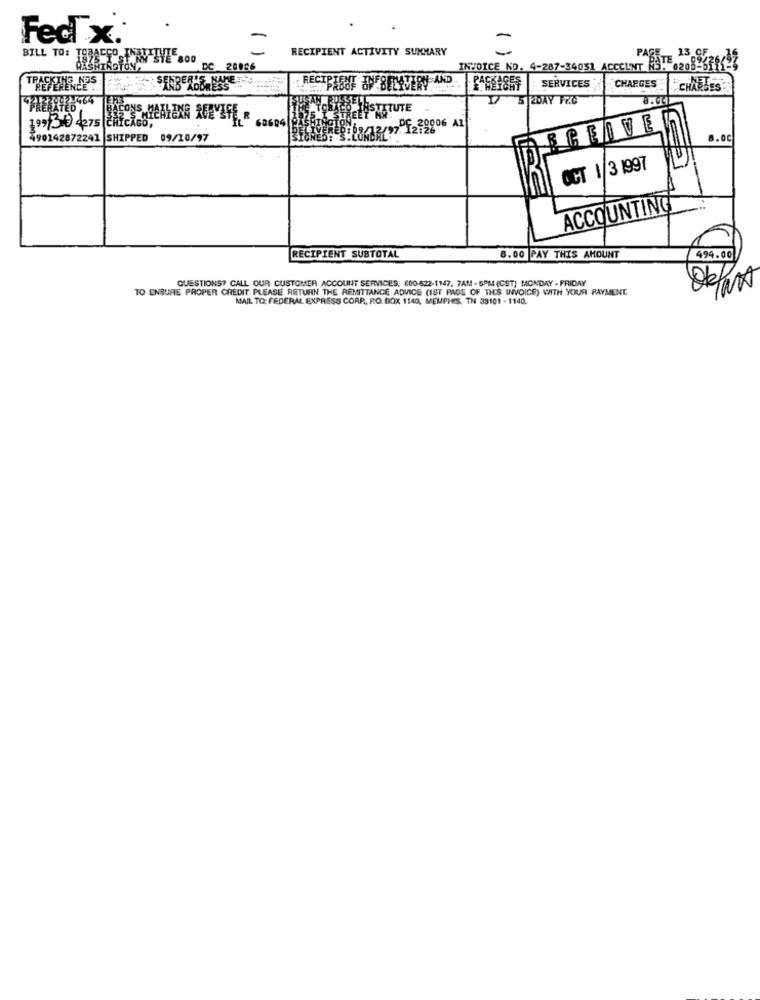
Fed x.
RECIPIENT ACTIVITY SUMMARY
-
BILL TO: 1938550 NY STE 800
DC 20086
INVOICE ND. 4-287-34031 ACCOUNT R9. 6208-575<12
SERVICES
DRESS".
RECIPIENT ONEBUTAVERY AND
1.HEIGHT
CHARGES
CHARLES
5 2DAY FRC
199 30 4275 CHICAGO,
68694
BCEIVE
490142872241 |SHIPPED 09/10/97
8.00
OCT 1/3 1997
ad
ACCOUNTING
RECIPIENT SUBTOTAL
8.00 PAY THIS AMOUNT
494.00
QUESTIONS? CALL OUR CUSTOMER ACCOUNT SERVICES, 800-622-1147. 7AM - 5PM (CST) MONDAY - FRIDAY
TO ENSURE PROPER CREDIT PLEASE RETURN THE REMITTANCE ADVICE (IST PAGE OF THIS INVOICE) WITH YOUR PAYMENT.
MAIL TO: FEDERAL EXPRESS CORP, RO. BOX 1140, MEUPHES, TN 38101 - 1140.